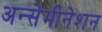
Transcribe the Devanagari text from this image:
अन्सेमीनेशन